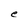
Character: e